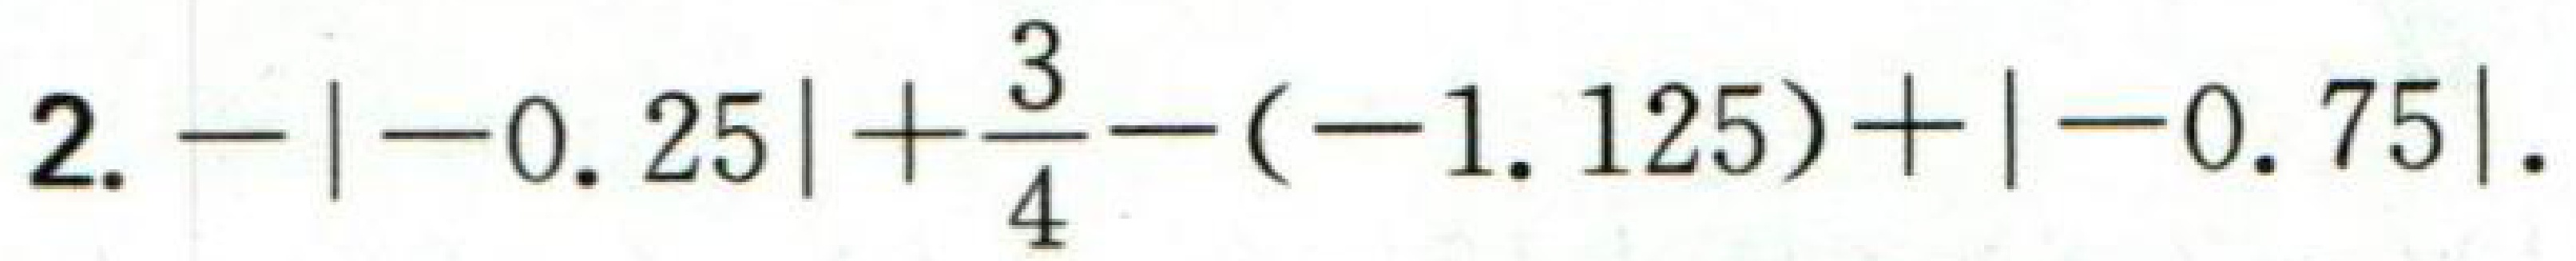
$2.-\vert -0.25\vert+\frac{3}{4}-(-1.125)+\vert -0.75\vert.$